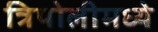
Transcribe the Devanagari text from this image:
त्रिपोलीमध्ये